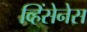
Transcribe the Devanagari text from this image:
व्हिंसेनेस